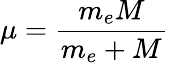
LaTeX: \mu={\frac{m_{e}M}{m_{e}+M}}\,